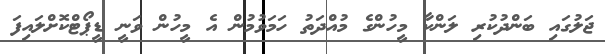
ޖަލުގައި ބަންދުކުރި ލަންކާ މީހުންގެ މުއްދަތު ހަމަވުމުން އެ މީހުން ވަނީ ޑީޕޯޓްކޮށްލައިފަ